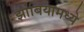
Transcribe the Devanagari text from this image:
झांबियामध्ये